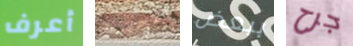
أعرف اعجبتك ببعض جرح